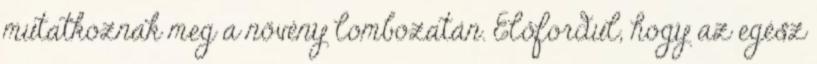
mutatkoznak meg a növény lombozatán. Előfordul, hogy az egész